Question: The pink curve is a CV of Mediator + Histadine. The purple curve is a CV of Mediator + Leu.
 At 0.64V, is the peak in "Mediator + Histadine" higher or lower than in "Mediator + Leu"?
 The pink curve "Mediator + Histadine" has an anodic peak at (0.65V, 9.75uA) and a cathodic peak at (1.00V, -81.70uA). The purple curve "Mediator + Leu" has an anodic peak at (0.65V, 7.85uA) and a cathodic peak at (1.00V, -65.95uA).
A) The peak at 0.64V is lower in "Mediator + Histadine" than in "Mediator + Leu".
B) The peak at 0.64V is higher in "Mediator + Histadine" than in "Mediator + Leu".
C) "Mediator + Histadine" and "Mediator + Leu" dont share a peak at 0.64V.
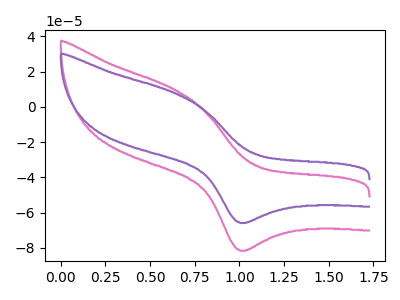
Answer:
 <answer>B) The peak at 0.64V is higher in "Mediator + Histadine" than in "Mediator + Leu".</answer>
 <eval>B</eval>